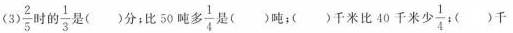
(3) \frac{2}{5} 时的\frac{1}{3}是()分；比50吨多 \frac{1}{4}是()吨；()千米比40千米少\frac{1}{4}（）千